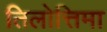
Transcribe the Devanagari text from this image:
तिलोत्तिमा